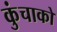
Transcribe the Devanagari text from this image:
कुंचाको